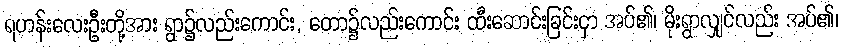
ရဟန်းလေးဦးတို့အား ရွာ၌လည်းကောင်း, တော၌လည်းကောင်း ထီးဆောင်းခြင်းငှာ အပ်၏၊ မိုးရွာလျှင်လည်း အပ်၏၊